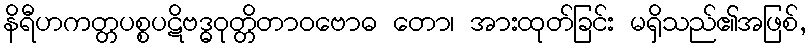
နိရီဟကတ္တပစ္စပဋိဗဒ္ဓဝုတ္တိတာဝဗောဓ တော၊ အားထုတ်ခြင်း မရှိသည်၏အဖြစ်,